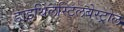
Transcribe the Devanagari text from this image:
डाइथिलस्टिलबेस्ट्रोल